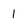
Character: 1